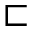
\sqsubset